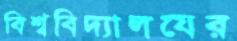
বিশ্ববিদ্যালযের